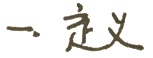
一. 定义